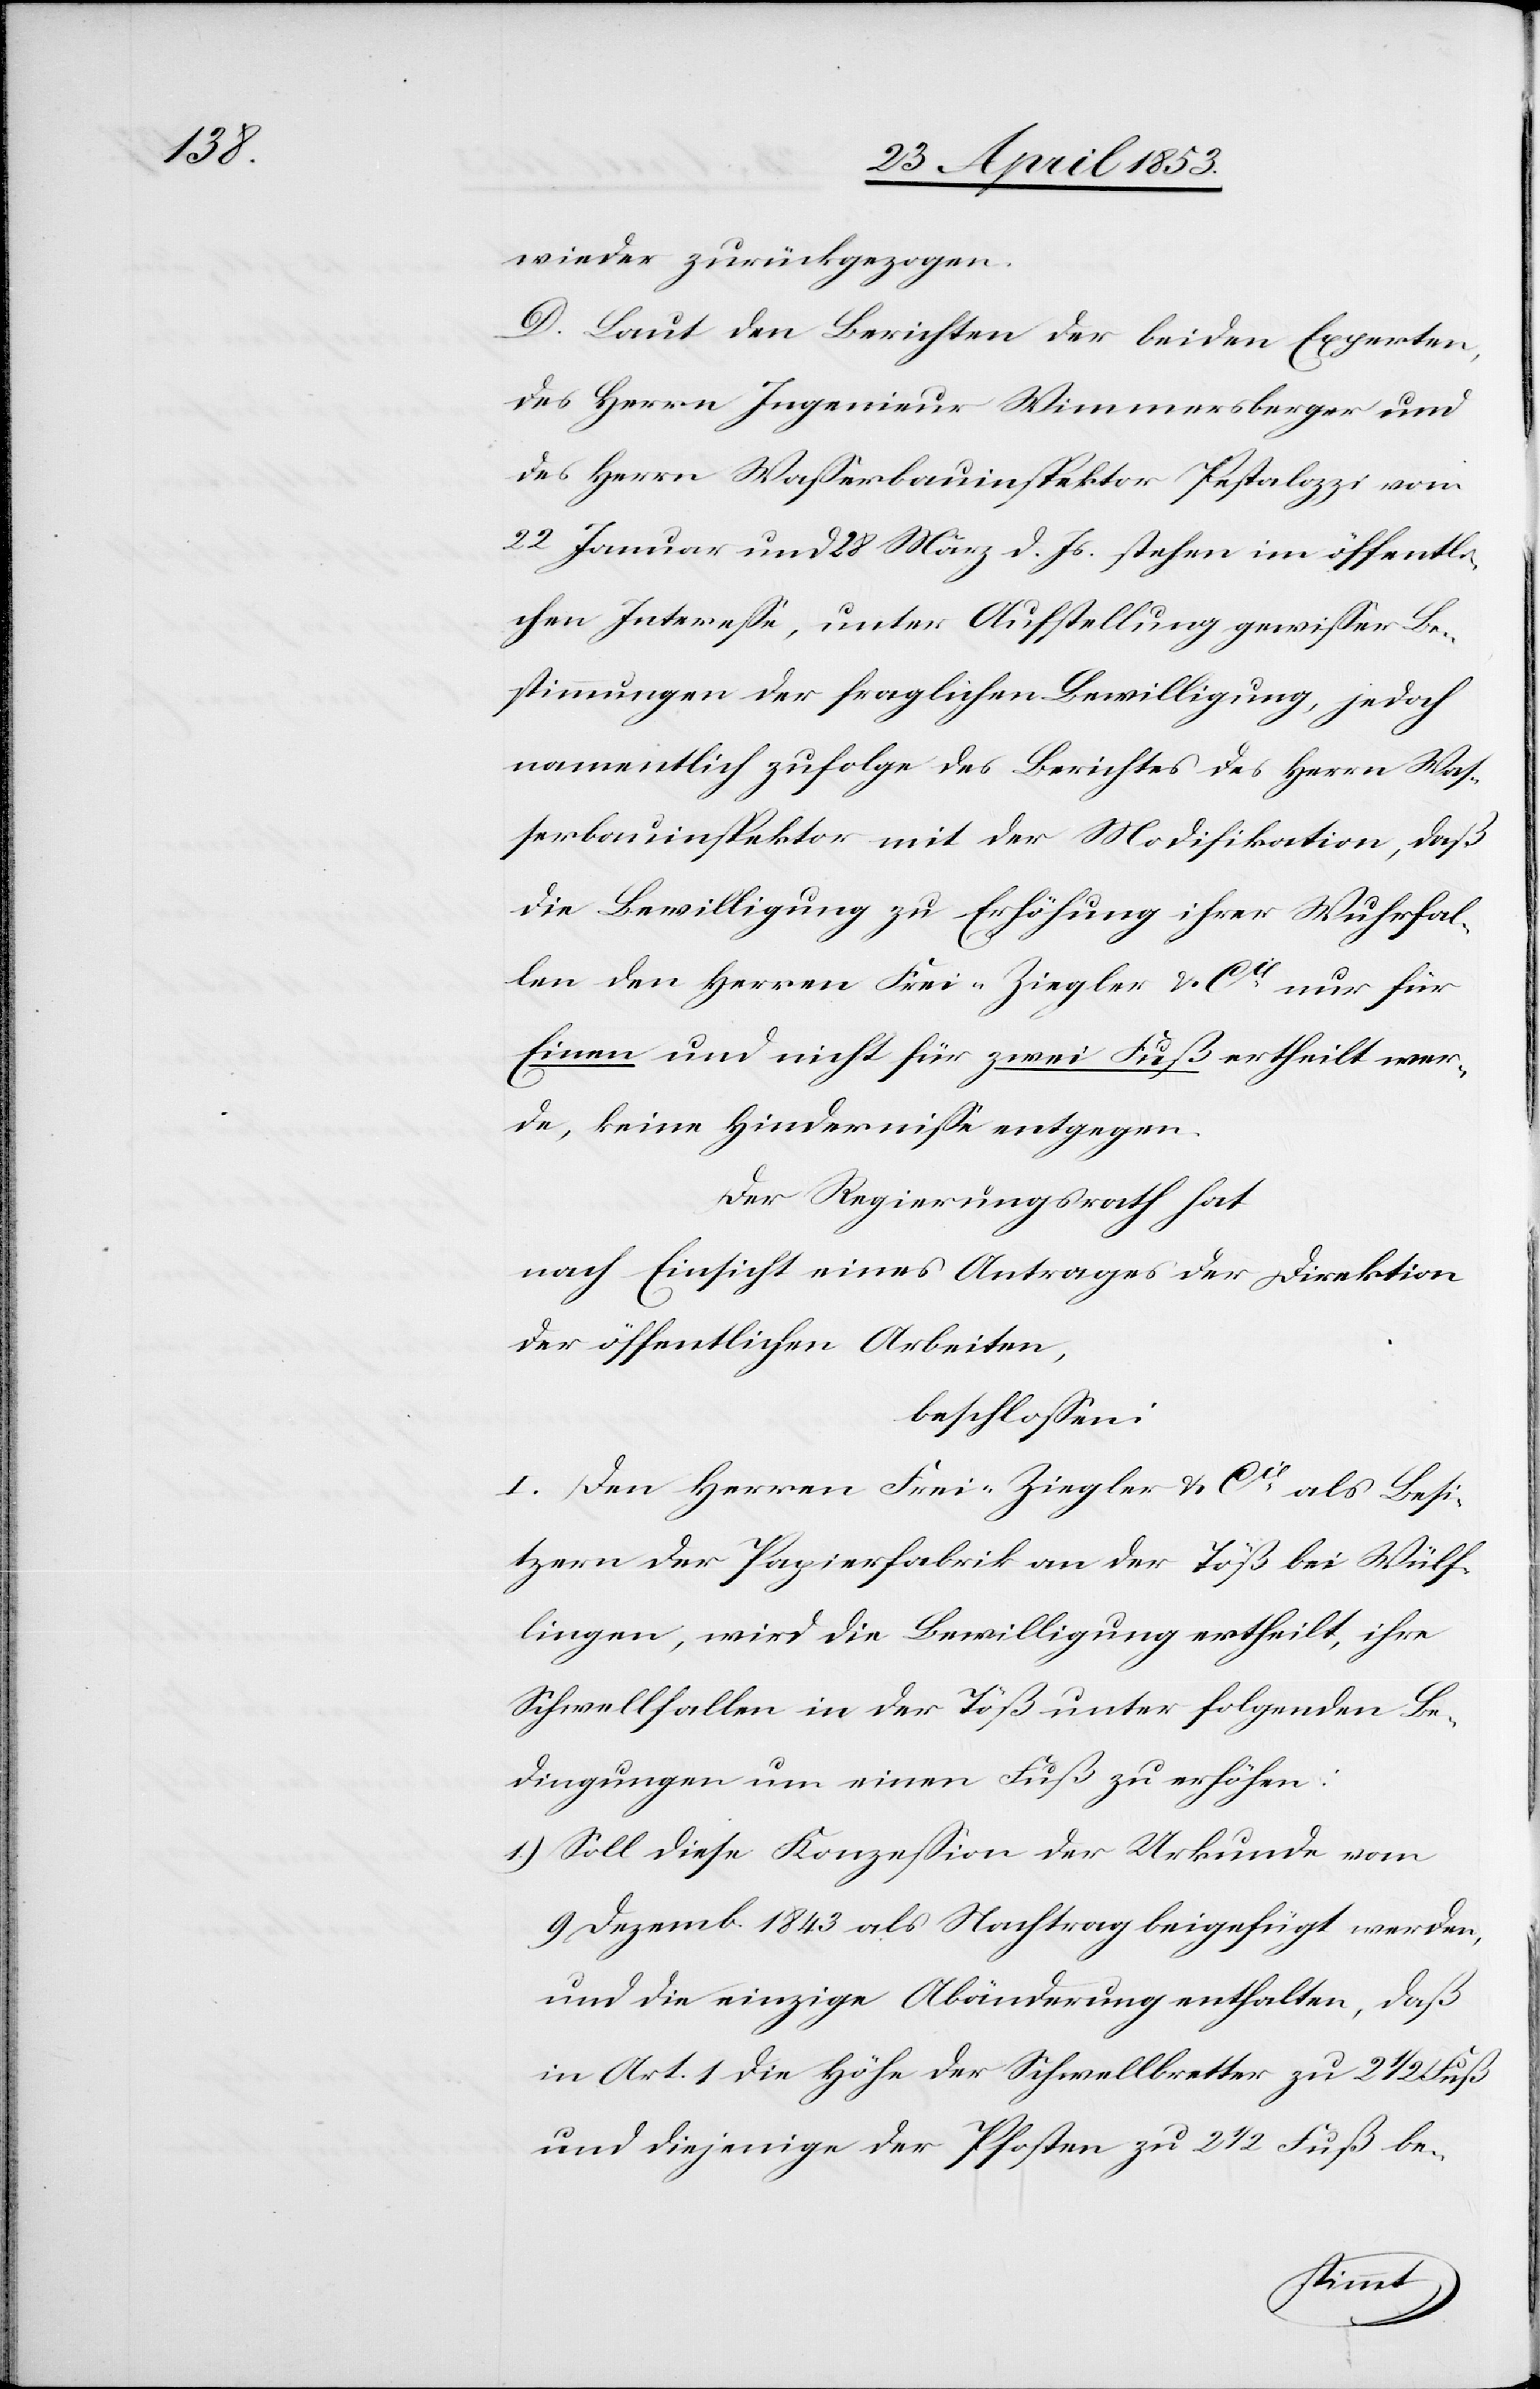
wieder zurückgezogen.
D. Laut den Berichten der beiden Experten
des Herrn Ingenieur Wimmersberger und
des Herrn Waßerbauinspektor Pestalozzi vom
22 Januar und 28 März d. Js. stehen im öffentli¬
chen Intereße, unter Aufstellung gewißer Be¬
stimmungen der fraglichen Bewilligung, jedoch
namentlich zufolge des Berichtes des Herrn Waß¬
erbauinspektor mit der Modifikation, daß
die Bewilligung zu Erhöhung ihrer Wuhrfal¬
len den Herrn Frei-Ziegler u. Cie nur für
Einen und nicht für zwei Fuß ertheilt wer¬
de, keine Hinderniße entgegen.
Der Regierungsrath hat
nach Einsicht eines Antrages der Direktion
der öffentlichen Arbeiten,
beschloßen:
I. Den Herrn Frei-Ziegler u. Cie als Besi¬
tzern der Papierfabrik an der Töß bei Wülf¬
lingen, wird die Bewilligung ertheilt, ihre
Schwellfallen in der Töß unter folgenden Be¬
dingungen um einen Fuß zu erhöhen:
1.) Soll diese Konzeßion der Urkunde vom
9 Dezemb 1843 als Nachtrag beigefügt werden,
und die einzige Abänderung enthalten, daß
in Art. 1 die Höhe der Schwellbretter zu 2 1/2 Fuß
und diejenige der Pfosten zu 2 1/2 Fuß be-